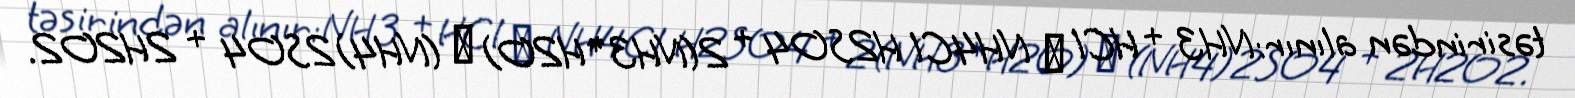
təsirindən alınır:NH3 + HCl → NH4Cl H2SO4 + 2(NH3*H2O) → (NH4)2SO4 + 2H2O2.